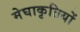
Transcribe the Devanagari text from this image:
मेघाकृतियों